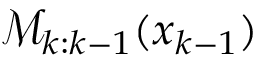
\mathcal { M } _ { k : k - 1 } ( \v x _ { k - 1 } )